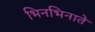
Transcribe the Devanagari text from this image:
भिनभिनाते